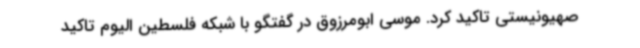
صهیونیستی تاکید کرد. موسی ابومرزوق در گفتگو با شبکه فلسطین الیوم تاکید